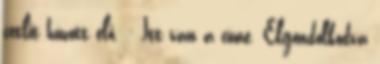
cetlit húzott elő. - Itt van a címe. Elgondolkodva